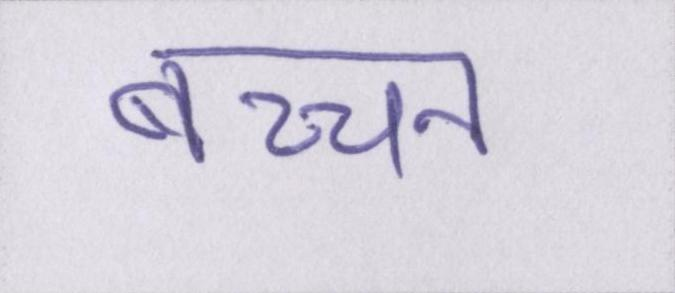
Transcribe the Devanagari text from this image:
बच्चन